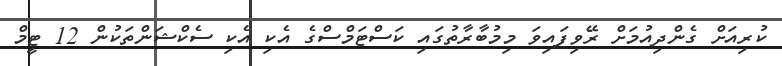
ކުރިއަށް ގެންދިއުމަށް ރޭވިފައިވަ މިމުބާރާތުގައި ކަސްޓަމްސްގެ އެކި އެކި ސެކްޝަންތަކުން 12 ޓީމް